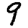
Digit: 9